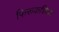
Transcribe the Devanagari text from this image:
फिरूकशियर